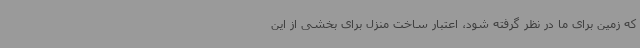
که زمین برای ما در نظر گرفته شود، اعتبار ساخت منزل برای بخشی از این